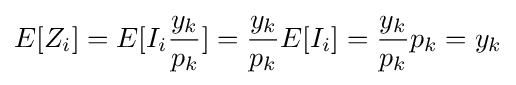
E[Z_{i}]=E[I_{i}{\frac {y_{k}}{p_{k}}}]={\frac {y_{k}}{p_{k}}}E[I_{i}]={\frac {y_{k}}{p_{k}}}p_{k}=y_{k}